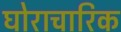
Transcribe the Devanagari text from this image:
घोराचारिक